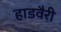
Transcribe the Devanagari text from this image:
हाडवैरी